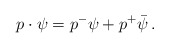
\begin{align*}p\cdot\psi=p^-\psi+p^+\bar{\psi}\, .\end{align*}